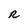
Character: R